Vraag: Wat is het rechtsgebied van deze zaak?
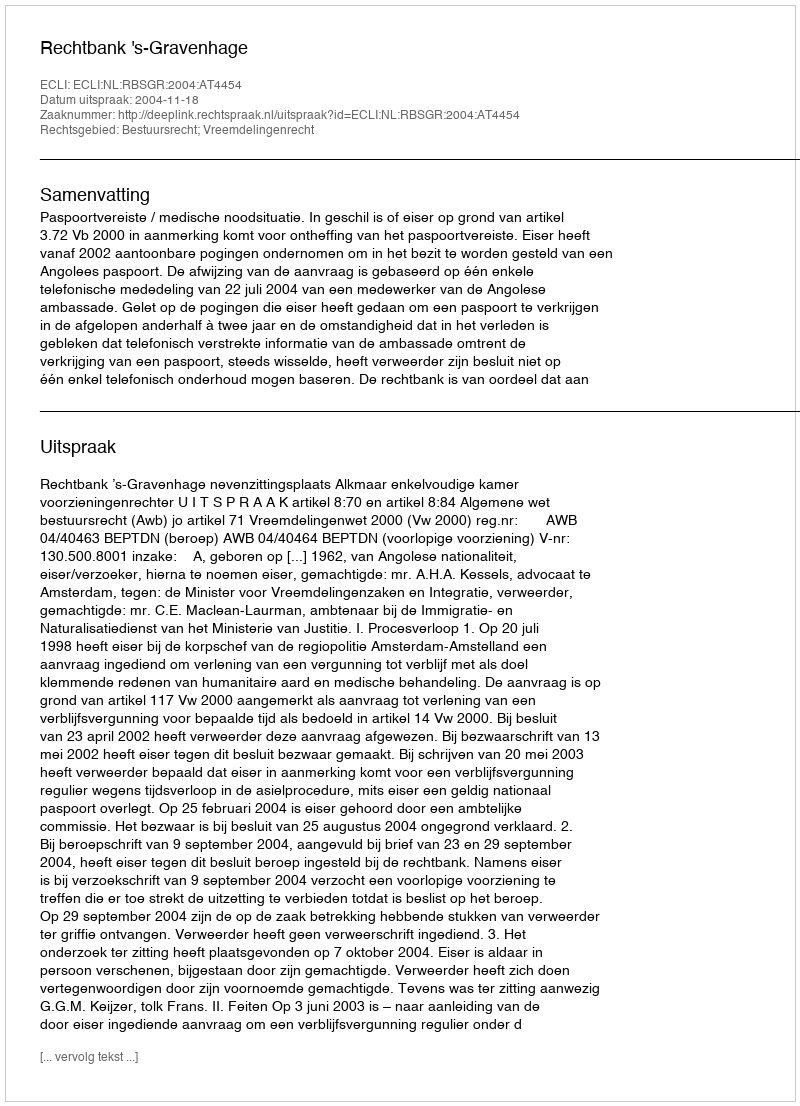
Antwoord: Bestuursrecht; Vreemdelingenrecht